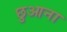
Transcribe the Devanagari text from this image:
छुआना